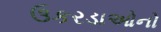
ઉકરડાઓનો